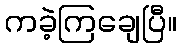
ကခဲ့ကြချေပြီ။